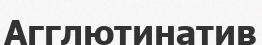
Агглютинатив